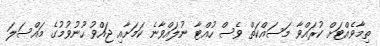
ތިމާވެއްޓަށް ކުރައްވާ މަސައްކަތް ވެސް ހުއްޓާ ނުލައްވާނެ ކަމަށާއި ޖައްވު ހޫނުވުމުގެ މައްސަލަ